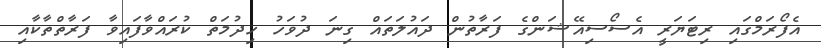
އެފޯރަމްގައި ރިޓަޔަރީ އެސޯސިއޭޝަންގެ ފަރާތުން ދައުލަތައް ގިނަ ދުވަހު ހިދުމަތް ކުރައްވާފައިވާ ފަރާތްތާކާއި